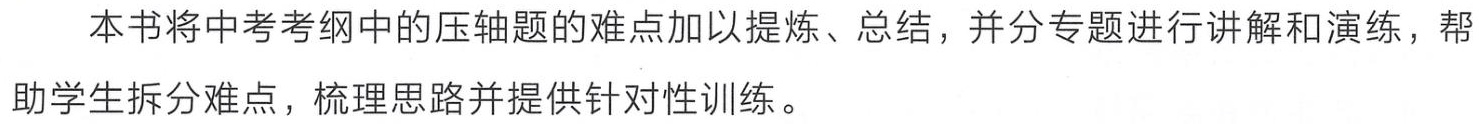
本书将中考考纲中的压轴题的难点加以提炼、总结，并分专题进行讲解和演练，帮助学生拆分难点，梳理思路并提供针对性训练。